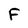
Character: F